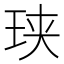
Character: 𮴑